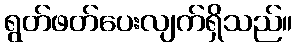
ရွတ်ဖတ်ပေးလျက်ရှိသည်။